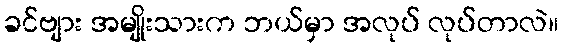
ခင်ဗျား အမျိုးသားက ဘယ်မှာ အလုပ် လုပ်တာလဲ။